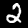
Label: 2